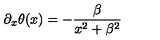
\partial _ { x } \theta ( x ) = - { \frac { \beta } { x ^ { 2 } + \beta ^ { 2 } } }